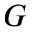
G